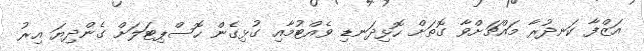
އަޒްފާ ކަނދުރާ މައްޗަށްވާ ގޮތަށް ހޮޅިދަނޑި ވެއްޓުމާއި ގުޅިގެން ހޮސްޕިޓަލަށް ގެންދިޔަ އިރު